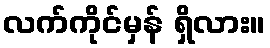
လက်ကိုင်မှန် ရှိလား။